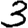
Digit: 3